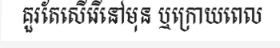
គួរតែសើរើនៅមុន ឬក្រោយពេល